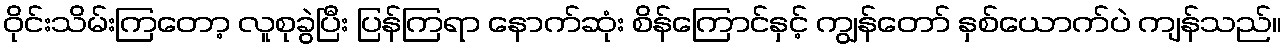
ဝိုင်းသိမ်းကြတော့ လူစုခွဲပြီး ပြန်ကြရာ နောက်ဆုံး စိန်ကြောင်နှင့် ကျွန်တော် နှစ်ယောက်ပဲ ကျန်သည်။